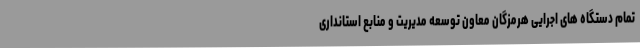
تمام دستگاه های اجرایی هرمزگان معاون توسعه مدیریت و منابع استانداری